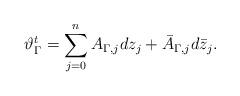
LaTeX: \begin{align*} \vartheta^t_\Gamma = \sum_{j=0}^n A_{\Gamma,j} dz_j + \bar A_{\Gamma,j} d\bar z_j.\end{align*}